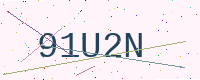
Text: 91U2N